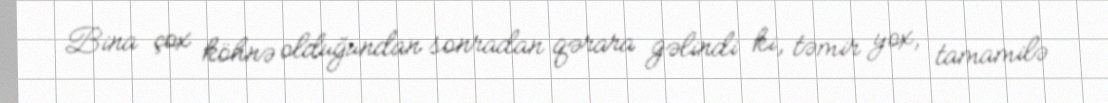
Bina çox köhnə olduğundan sonradan qərara gəlindi ki, təmir yox, tamamilə